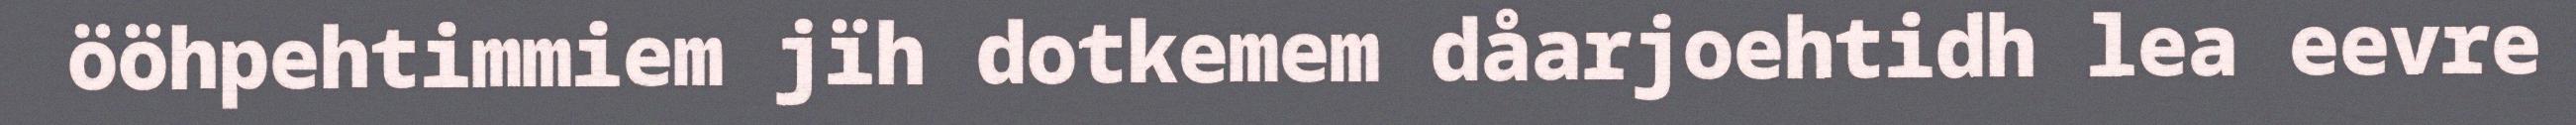
ööhpehtimmiem jïh dotkemem dåarjoehtidh lea eevre